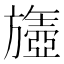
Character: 𬀘